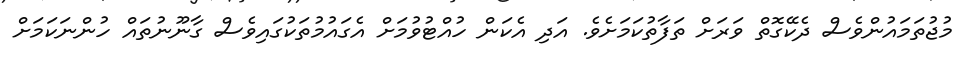
މުޖުތަމައުންވެސް ދެކޭގޮތް ވަރަށް ތަފާތުކަމަށެވެ. އަދި އެކަން ހުއްޓުވުމަށް އެގައުމުތަކުގައިވެސް ގާނޫނުތައް ހުންނަކަމަށް